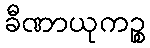
ခီဏာယုကဉ္စ